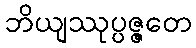
ဘိယျဿုပ္ပဇ္ဇတေ